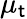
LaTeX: \mu_{\mathsf{t}}